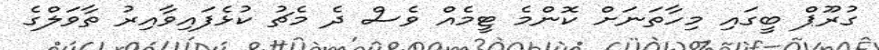
ގުރޫޕް ބީގައި މިހާތަނަށް ކޮންމެ ޓީމެއް ވެސް ދެ މެޗު ކުޅެފައިވާއިރު ތާވަލްގެ